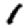
Digit: 1